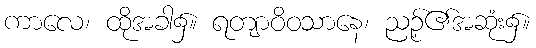
ကာလေ၊ ထိုအခါ၌။ ရတျာဝိဝသာနေ၊ ညဉ့်၏အဆုံး၌။